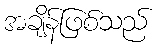
အချိန်ဖြစ်သည်